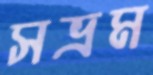
সভ্রম